Annual administration and progress report of the Indian Medical Department, Bombay
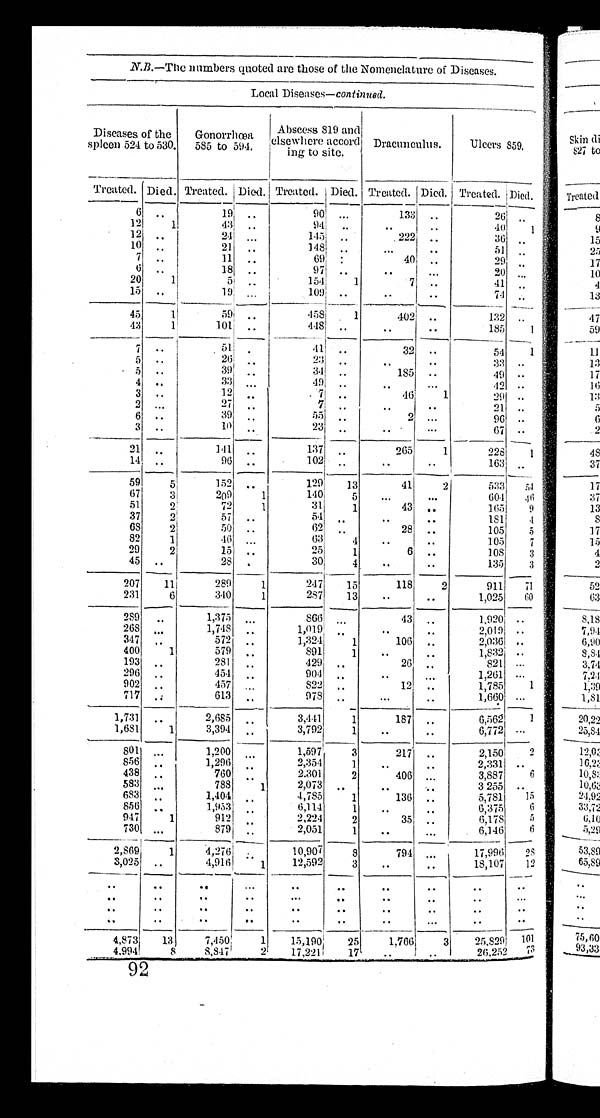
N. B.—The numbers quoted are those of the Nomenclature of Diseases.
Local Diseases—continued.
Diseases of the
spleen 524 to 530. Gonorrhœa 585 to 594.
Abscess 819 and
elsewhere accord
ing to site. Dracunculus. Ulcers 859.
Treated. Died. Treated. Died. Treated. Died. Treated. Died.
T r e a t e d . Died.
6 . .
19 . .
90
. . . 133 . .
26
. .
12 1
43 . .
94 . .
. . . .
40 1
12 . .
24 . . .
145 . .
222 ..
36
. .
10 . . 21 . .
148 . .
. . . . .
51 . .
7 . .
11
. .
69 . .
40 . .
29
. .
6 ..
18 ..
97 ..
. . ...
20 . . .
20 1
5
. . 154 1
7 ..
41
. .
15 . .
1 9 . . .
109 ..
. . . .
74 . .
45 1
5 9 . .
4 5 8 1
402 ..
132 . .
43 1
101 . .
448 . .
. .
.
. .
185 1
7 ..
51 . .
41 ..
32 ..
5 4 1
5 ..
26 . .
2 3 . .
. .
. .
33 . .
5 . .
39 ..
34 ..
1 8 5 ..
49 . .
4 ..
33 ...
49
. .
. . . . .
42 ..
3 ..
12 . .
7 . .
46 1
29 ..
2 . . .
27 . .
7 ..
..
. .
21 . .
6 ..
39 . .
55 ..
2 . . .
9 6 . .
3 ..
10 . .
23 . .
. . . . .
6 7 . .
21 . .
141 . .
137 . . 265 1
228 1
14 ..
96 . .
102 . . ..
. . 163 . .
59 5
152 .
129 13
41 2
533 5 4
67 3
209 1
140 5 ...
...
604 4 6
51 2
72 1
31 1
43 ..
165 9
37 2
57 . .
54 . .
. .
. .
181 4
6 8 2
50 ..
62 . .
28 . .
105 5
82 1
4 6 . . .
6 3 4 ..
..
105 7
29 2
15 ..
25 1
6 ..
108 3
45 ..
28 . .
30 4 . .
. .
135 3
207 11
289 1
247 15
118 2
911 71
231 6
340 1
287 13 . . ..
1,025 60
289 . .
1, 375 . . .
866 . . .
43 ..
1, 920 ..
268 . . .
1,748 ..
1,019 . . ..
..
2, 019 . .
347 . .
572 . .
1,324 1
106 ..
2,036 . .
400 1
579 . . 891 1 ..
. . 1,832 . .
193 . .
281 . .
429 . .
26 ..
821 . . .
296 . .
454 . .
904 . . ..
. . . 1,261 ...
902 . .
457 ...
822 . .
12 ..
1,785 1
717 . .
613 ..
978 . . ...
..
1,660 ...
1,731 . .
2,685 . .
3 , 4 4 1 1
187 ..
6 , 5 6 2 1
1,681 1 3,394 . .
3 , 7 9 2 1 ..
..
6,772 ...
801 . . .
1,200 . . .
1,597 3
217 ..
2,150 2
856 ..
1,296 . . 2,354 1 . . ..
2,331 . .
438 . .
760 . .
2. 301 2
406 . . . 3,887 6
583 . . .
788 1 2,073 . . ..
. .
3,255 ..
683 . . .
1, 404
..
4,785 1
136
..
5,781 15
856
..
1, 953
..
6,114 1 ..
..
6,375 6
947 1 9 1 2
. .
2,224 2
35
..
6,178 5
730
..
.
879
..
2,051 1 .. ...
6,146 6
2,869 1 4 , 276
..
10,907 8
794
...
17,996 2 8
3,025 ..
4,916 1 12,592 3
..
..
18,107 12
........
.
......................
.
..........
.
.................................... .
....
4,873 1 3 7, 450 1 15,190 2 5
1 766 3 25, 829 101
4,994 8
8 , 8 4 7 2 17,221
1 7
..
..
26, 252 7 3
92